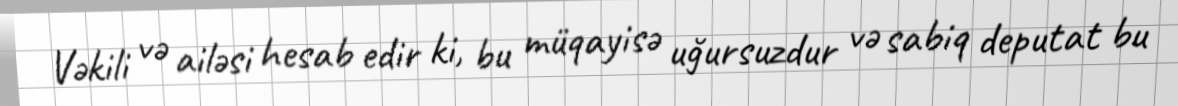
Vəkili və ailəsi hesab edir ki, bu müqayisə uğursuzdur və sabiq deputat bu